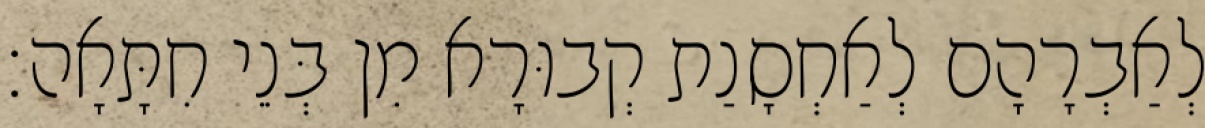
לְאַבְרָהָם לְאַחְסָנַת קְבוּרָא מִן בְּנֵי חִתָּאָה׃